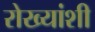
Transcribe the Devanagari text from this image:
रोख्यांशी